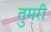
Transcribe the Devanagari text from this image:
तुमरी